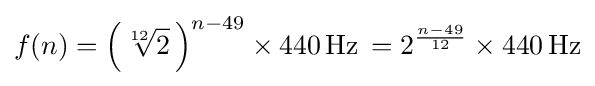
f(n)=\left({\sqrt[{12}]{2}}\,\right)^{n-49}\times 440\,{\text{Hz}}\,=2^{\frac {n-49}{12}}\times 440\,{\text{Hz}}